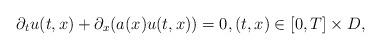
LaTeX: \begin{align*}\partial_t u(t,x)+\partial_x (a(x)u(t,x))=0, (t,x)\in [0,T]\times D,\end{align*}